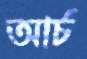
আর্চ